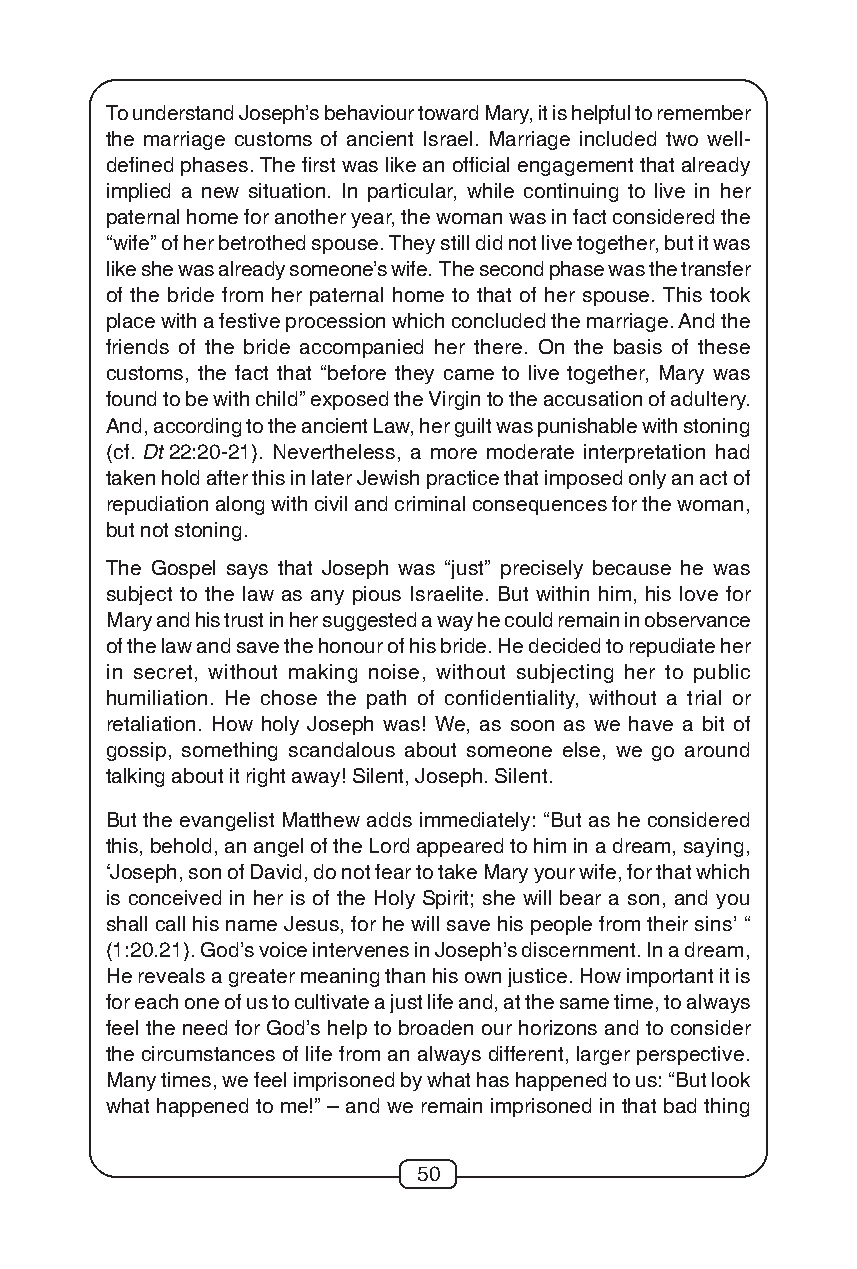
To understand Joseph’s behaviour toward Mary, it is helpful to remember
 the marriage customs of ancient Israel. Marriage included two well-
 defined phases. The first was like an official engagement that already
 implied a new situation. In particular, while continuing to live in her
 paternal home for another year, the woman was in fact considered the
 “wife” of her betrothed spouse. They still did not live together, but it was
 like she was already someone’s wife. The second phase was the transfer
 of the bride from her paternal home to that of her spouse. This took
 place with a festive procession which concluded the marriage. And the
 friends of the bride accompanied her there. On the basis of these
 customs, the fact that “before they came to live together, Mary was
 found to be with child” exposed the Virgin to the accusation of adultery.
 And, according to the ancient Law, her guilt was punishable with stoning
 (cf. Dt 22:20-21). Nevertheless, a more moderate interpretation had
 taken hold after this in later Jewish practice that imposed only an act of
 repudiation along with civil and criminal consequences for the woman,
 but not stoning.
 The Gospel says that Joseph was “just” precisely because he was
 subject to the law as any pious Israelite. But within him, his love for
 Mary and his trust in her suggested a way he could remain in observance
 of the law and save the honour of his bride. He decided to repudiate her
 in secret, without making noise, without subjecting her to public
 humiliation. He chose the path of confidentiality, without a trial or
 retaliation. How holy Joseph was! We, as soon as we have a bit of
 gossip, something scandalous about someone else, we go around
 talking about it right away! Silent, Joseph. Silent.
 But the evangelist Matthew adds immediately: “But as he considered
 this, behold, an angel of the Lord appeared to him in a dream, saying,
 ‘Joseph, son of David, do not fear to take Mary your wife, for that which
 is conceived in her is of the Holy Spirit; she will bear a son, and you
 shall call his name Jesus, for he will save his people from their sins’ “
 (1:20.21). God’s voice intervenes in Joseph’s discernment. In a dream,
 He reveals a greater meaning than his own justice. How important it is
 for each one of us to cultivate a just life and, at the same time, to always
 feel the need for God’s help to broaden our horizons and to consider
 the circumstances of life from an always different, larger perspective.
 Many times, we feel imprisoned by what has happened to us: “But look
 what happened to me!” – and we remain imprisoned in that bad thing
 50